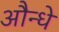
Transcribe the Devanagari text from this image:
औन्धे